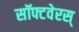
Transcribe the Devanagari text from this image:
सॉफ्टवेरस्